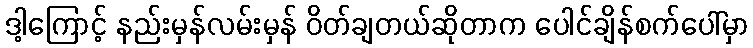
ဒါ့ကြောင့် နည်းမှန်လမ်းမှန် ဝိတ်ချတယ်ဆိုတာက ပေါင်ချိန်စက်ပေါ်မှာ